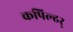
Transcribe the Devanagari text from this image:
कपिल्ढर्